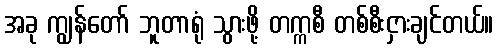
အခု ကျွန်တော် ဘူတာရုံ သွားဖို့ တက္ကစီ တစ်စီးငှားချင်တယ်။